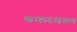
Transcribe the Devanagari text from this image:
बकरवाल